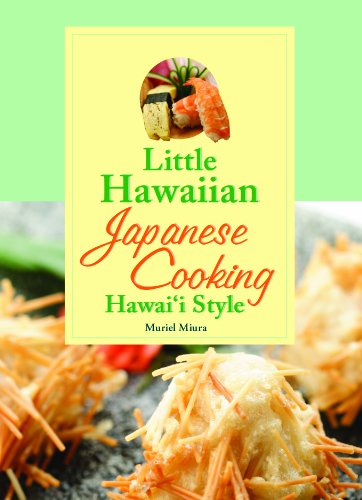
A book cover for Little Hawaiian Japanese Cooking Hawaii Style; Muriel Miura; Cookbooks, Food & Wine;